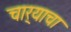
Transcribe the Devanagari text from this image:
चार्‍याचा